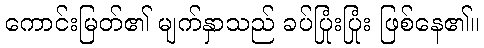
ကောင်းမြတ်၏ မျက်နှာသည် ခပ်ပြုံးပြုံး ဖြစ်နေ၏။